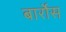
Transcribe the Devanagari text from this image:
बार्रोस